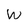
Character: W